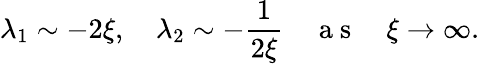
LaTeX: \lambda_{1}\sim-2\xi,\quad\lambda_{2}\sim-\frac{1}{2\xi}\quad\mathrm{~a~s~}\quad\xi\rightarrow\infty.